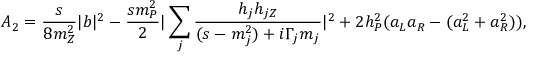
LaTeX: A _ { 2 } = \frac { s } { 8 m _ { Z } ^ { 2 } } | b | ^ { 2 } - \frac { s m _ { P } ^ { 2 } } { 2 } | \sum _ { j } \frac { h _ { j } h _ { j Z } } { ( s - m _ { j } ^ { 2 } ) + i \Gamma _ { j } m _ { j } } | ^ { 2 } + 2 h _ { P } ^ { 2 } ( a _ { L } a _ { R } - ( a _ { L } ^ { 2 } + a _ { R } ^ { 2 } ) ) ,